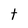
Character: t